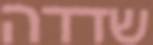
שדדה